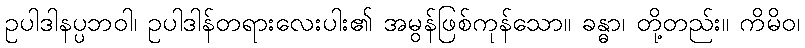
ဥပါဒါနပ္ပဘဝါ၊ ဥပါဒါန်တရားလေးပါး၏ အမွန်ဖြစ်ကုန်သော။ ခန္ဓာ၊ တို့တည်း။ ကိမိဝ၊